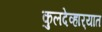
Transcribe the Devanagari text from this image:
कुलदेव्हार्‍यात